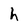
Character: h